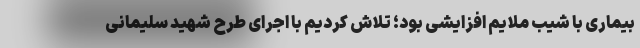
بیماری با شیب ملایم افزایشی بود؛ تلاش کردیم با اجرای طرح شهید سلیمانی